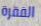
الفقرة